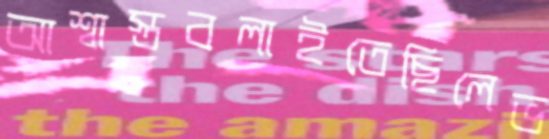
আশ্বাস্তবলাইতেছিলেভ